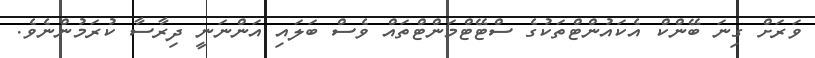
ވަރަށް ގިނަ ބޭންކް އެކައުންޓްތަކުގެ ސްޓޭޓްމަންޓްތައް ވެސް ބަލައި އަންނަނީ ދިރާސާ ކުރަމުންނެވެ.